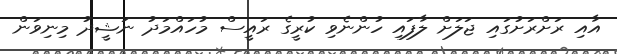
އާއި ރަށްރަށުގައި ޖަލަށް ލާފައި ހުންނެވި ކުރީގެ ރައީސް މުހައްމަދު ނަޝީދު މިނިވަން